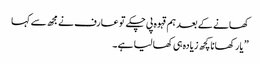
کھانے کے بعد ہم قہوہ پی چکے تو عارف نے مجھ سے کہا
” یار کھانا کچھ زیادہ ہی کھا لیا ہے ۔